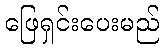
ဖြေရှင်းပေးမည်